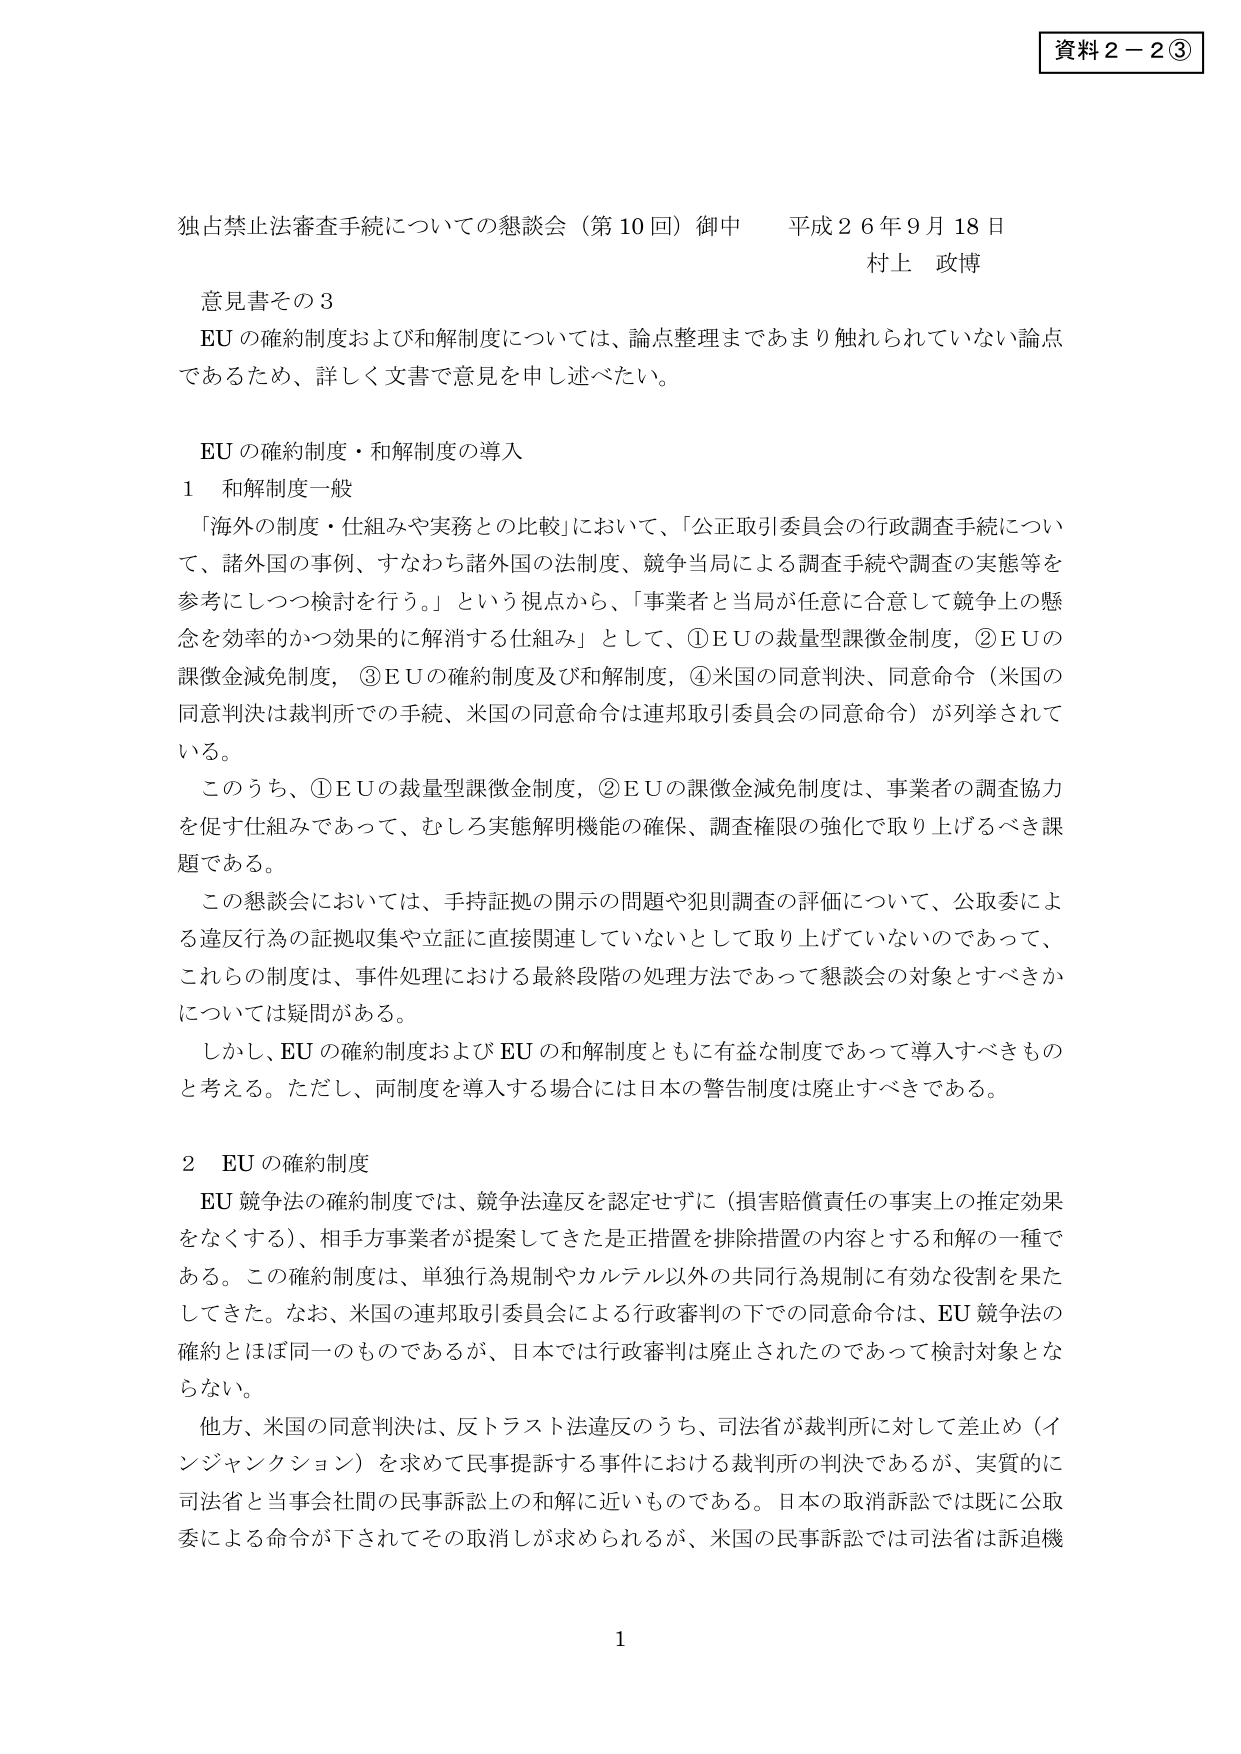
資料２－２③

独占禁止法審査手続についての懇談会（第10回）御中　平成26年9月18日
村上 政博

意見書その3

EUの確約制度および和解制度については、論点整理まであまり触れられていない論点であるため、詳しく文書で意見を申し述べたい。

EUの確約制度・和解制度の導入

1　和解制度一般

「海外の制度・仕組みや実務との比較」において、「公正取引委員会の行政調査手続について、諸外国の事例、すなわち諸外国の法制度、競争当局による調査手続や調査の実態等を参考にしつつ検討を行う。」という視点から、「事業者と当局が任意に合意して競争上の懸念を効率的かつ効果的に解消する仕組み」として、①EUの裁量型課徴金制度、②EUの課徴金減免制度、③EUの確約制度及び和解制度、④米国の同意判決、同意命令（米国の同意判決は裁判所での手続、米国の同意命令は連邦取引委員会の同意命令）が列挙されている。

このうち、①EUの裁量型課徴金制度、②EUの課徴金減免制度は、事業者の調査協力を促す仕組みであって、むしろ実態解明機能の確保、調査権限の強化で取り上げるべき課題である。

この懇談会においては、手持証拠の開示の問題や犯則調査の評価について、公取委による違反行為の証拠収集や立証に直接関連していないとして取り上げていないのであって、これらの制度は、事件処理における最終段階の処理方法であって懇談会の対象とすべきかについては疑問がある。

しかし、EUの確約制度およびEUの和解制度ともに有益な制度であって導入すべきものと考える。ただし、両制度を導入する場合には日本の警告制度は廃止すべきである。

2　EUの確約制度

EU競争法の確約制度では、競争法違反を認定せずに（損害賠償責任の事実上の推定効果をなくす）、相手方事業者が提案してきた是正措置を排除措置の内容とする和解の一種である。この確約制度は、単独行為規制やカルテル以外の共同行為規制に有効な役割を果たしてきた。なお、米国の連邦取引委員会による行政審判の下での同意命令は、EU競争法の確約とほぼ同一のものであるが、日本では行政審判は廃止されたのであって検討対象とならない。

他方、米国の同意判決は、反トラスト法違反のうち、司法省が裁判所に対して差止め（インジャンクション）を求めて民事提訴する事件における裁判所の判決であるが、実質的に司法省と当事会社間の民事訴訟上の和解に近いものである。日本の取消訴訟では既に公取委による命令が下されてその取消しが求められるが、米国の民事訴訟では司法省は訴追機

1